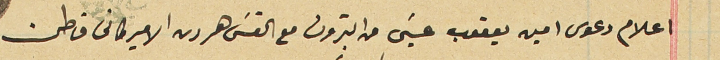
اعلام دعوى امين يعقوب عيسَى من البترون مع القس هرون الاميركانى قاطن